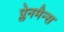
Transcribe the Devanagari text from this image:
प्लेनमैन्स